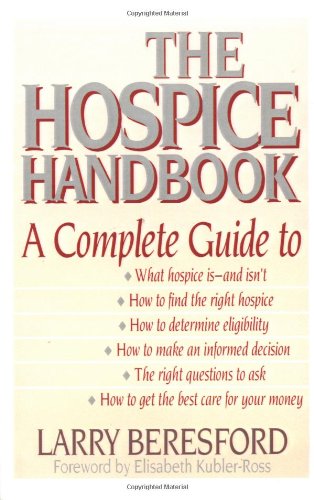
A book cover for The Hospice Handbook: A Complete Guide; Larry Beresford; Self-Help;